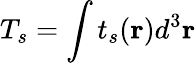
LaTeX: T_{s}=\int t_{s}(\mathbf{r})d^{3}\mathbf{r}